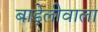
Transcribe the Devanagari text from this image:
बाड़ेलीवाला